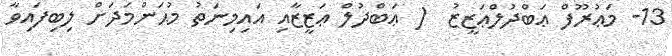
13- މަޢުރޫފް ޢަބްދުލްޢަޒީޒު  ( ޢަބްދުލް ޢަޒީޒާއި އައިމިނަތު މުޙަންމަދަށް ލިބިފައިވާ